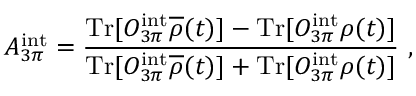
A _ { 3 \pi } ^ { \mathrm { i n t } } = \frac { \mathrm { T r } [ O _ { 3 \pi } ^ { \mathrm { i n t } } { \overline { { \rho } } ( t ) } ] - \mathrm { T r } [ O _ { 3 \pi } ^ { \mathrm { i n t } } \rho ( t ) ] } { \mathrm { T r } [ O _ { 3 \pi } ^ { \mathrm { i n t } } { \overline { { \rho } } ( t ) } ] + \mathrm { T r } [ O _ { 3 \pi } ^ { \mathrm { i n t } } \rho ( t ) ] } \ ,